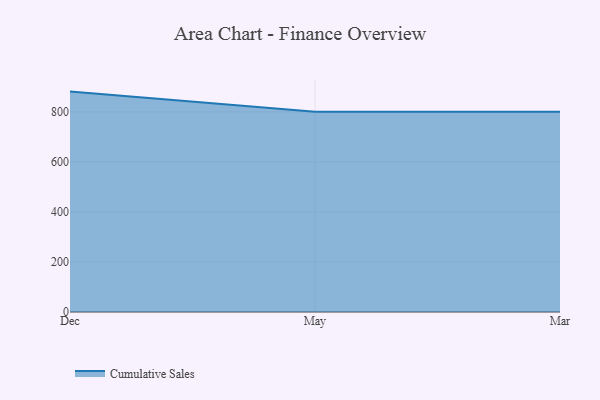
{"axis": {"x": "Month", "y": "Customer Acquisition Cost (USD)"}, "legend": ["Cumulative Sales"], "data": [{"x": "Dec", "y": 881.0, "type": "Cumulative Sales"}, {"x": "May", "y": 800, "type": "Cumulative Sales"}, {"x": "Mar", "y": 800, "type": "Cumulative Sales"}]}